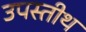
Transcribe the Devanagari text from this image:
उपस्तीथ